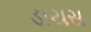
ડાયસ